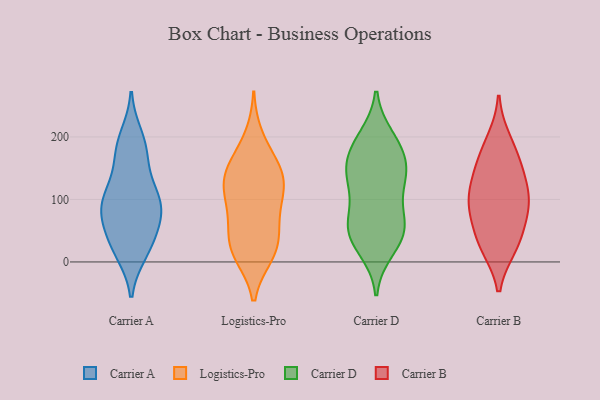
{"axis": {"x": "Operating Costs (USD K)", "y": "Value"}, "legend": ["Carrier A", "Carrier B", "Carrier D", "Logistics-Pro"], "data": [{"x": "", "y": 108, "type": "Carrier A"}, {"x": "", "y": 200, "type": "Carrier A"}, {"x": "", "y": 69, "type": "Carrier A"}, {"x": "", "y": 16, "type": "Carrier A"}, {"x": "", "y": 103, "type": "Carrier A"}, {"x": "", "y": 176, "type": "Carrier A"}, {"x": "", "y": 77, "type": "Carrier A"}, {"x": "", "y": 186, "type": "Carrier A"}, {"x": "", "y": 21, "type": "Carrier A"}, {"x": "", "y": 162, "type": "Carrier A"}, {"x": "", "y": 39, "type": "Carrier A"}, {"x": "", "y": 98, "type": "Carrier A"}, {"x": "", "y": 73, "type": "Carrier A"}, {"x": "", "y": 116, "type": "Carrier A"}, {"x": "", "y": 85, "type": "Carrier A"}, {"x": "", "y": 26, "type": "Carrier A"}, {"x": "", "y": 163, "type": "Logistics-Pro"}, {"x": "", "y": 99, "type": "Logistics-Pro"}, {"x": "", "y": 11, "type": "Logistics-Pro"}, {"x": "", "y": 143, "type": "Logistics-Pro"}, {"x": "", "y": 43, "type": "Logistics-Pro"}, {"x": "", "y": 113, "type": "Logistics-Pro"}, {"x": "", "y": 150, "type": "Logistics-Pro"}, {"x": "", "y": 13, "type": "Logistics-Pro"}, {"x": "", "y": 121, "type": "Logistics-Pro"}, {"x": "", "y": 116, "type": "Logistics-Pro"}, {"x": "", "y": 200, "type": "Logistics-Pro"}, {"x": "", "y": 30, "type": "Logistics-Pro"}, {"x": "", "y": 66, "type": "Logistics-Pro"}, {"x": "", "y": 15, "type": "Logistics-Pro"}, {"x": "", "y": 143, "type": "Logistics-Pro"}, {"x": "", "y": 69, "type": "Logistics-Pro"}, {"x": "", "y": 52, "type": "Carrier D"}, {"x": "", "y": 199, "type": "Carrier D"}, {"x": "", "y": 70, "type": "Carrier D"}, {"x": "", "y": 189, "type": "Carrier D"}, {"x": "", "y": 122, "type": "Carrier D"}, {"x": "", "y": 41, "type": "Carrier D"}, {"x": "", "y": 35, "type": "Carrier D"}, {"x": "", "y": 165, "type": "Carrier D"}, {"x": "", "y": 20, "type": "Carrier D"}, {"x": "", "y": 63, "type": "Carrier D"}, {"x": "", "y": 153, "type": "Carrier D"}, {"x": "", "y": 143, "type": "Carrier D"}, {"x": "", "y": 132, "type": "Carrier D"}, {"x": "", "y": 186, "type": "Carrier D"}, {"x": "", "y": 64, "type": "Carrier D"}, {"x": "", "y": 128, "type": "Carrier D"}, {"x": "", "y": 111, "type": "Carrier B"}, {"x": "", "y": 146, "type": "Carrier B"}, {"x": "", "y": 93, "type": "Carrier B"}, {"x": "", "y": 173, "type": "Carrier B"}, {"x": "", "y": 194, "type": "Carrier B"}, {"x": "", "y": 83, "type": "Carrier B"}, {"x": "", "y": 105, "type": "Carrier B"}, {"x": "", "y": 36, "type": "Carrier B"}, {"x": "", "y": 27, "type": "Carrier B"}, {"x": "", "y": 76, "type": "Carrier B"}, {"x": "", "y": 144, "type": "Carrier B"}, {"x": "", "y": 25, "type": "Carrier B"}]}